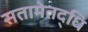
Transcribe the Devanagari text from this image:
सतामेतद्धि